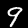
Label: 9